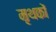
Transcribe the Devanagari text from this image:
मृथकों